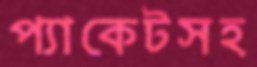
প্যাকেটসহ